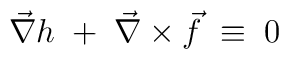
\vec{\nabla} h\;+\;\vec{\nabla} \times \vec{f}\;\equiv\;0